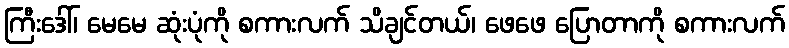
ကြီးဒေါ်၊ မေမေ ဆုံးပုံကို စကားလက် သိချင်တယ်၊ ဖေဖေ ပြောတာကို စကားလက်